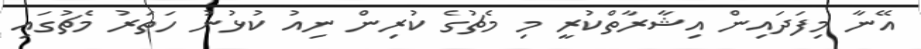
އޭނާ މިފަދައިން އިޝާރާތްކުރީ މި މެޗުގެ ކުރިން ނިއު ކުޅުނު ހަތަރު މެޗުގައި